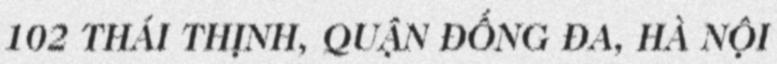
102 THÁI THỊNH, QUẬN ĐỐNG ĐA, HÀ NỘI